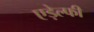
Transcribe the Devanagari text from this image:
एड़ेल्फी